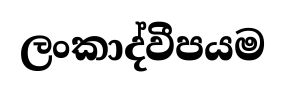
ලංකාද්වීපයම